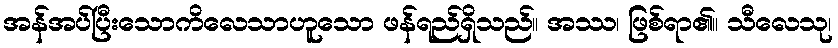
အန်အပ်ပြီးသောကိလေသာဟူသော ဖန်ရည်ရှိသည်။ အဿ၊ ဖြစ်ရာ၏။ သီလေသု၊